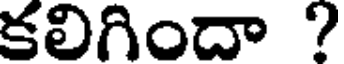
కలిగిందా ?